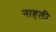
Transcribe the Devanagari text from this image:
नाहली